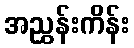
အညွှန်းကိန်း